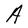
Character: A